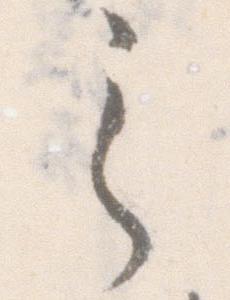
之